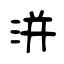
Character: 洴